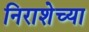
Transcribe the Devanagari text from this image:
निराशेच्या